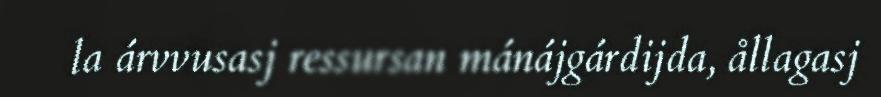
la árvvusasj ressursan mánájgárdijda, ållagasj